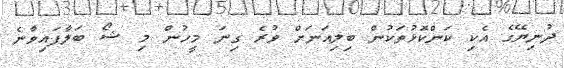
ދުނިޔޭގެ އެކި ކަންކޮޅުތަކުން ބިލިއަނަށް ވުރެ ގިނަ މީހުން މި ޝޯ ބަލާފައިވާނެ